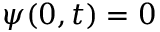
\psi ( 0 , t ) = 0